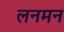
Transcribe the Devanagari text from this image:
लनमन